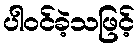
ပါဝင်ခဲ့သဖြင့်